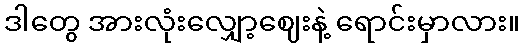
ဒါတွေ အားလုံးလျှော့ဈေးနဲ့ ရောင်းမှာလား။